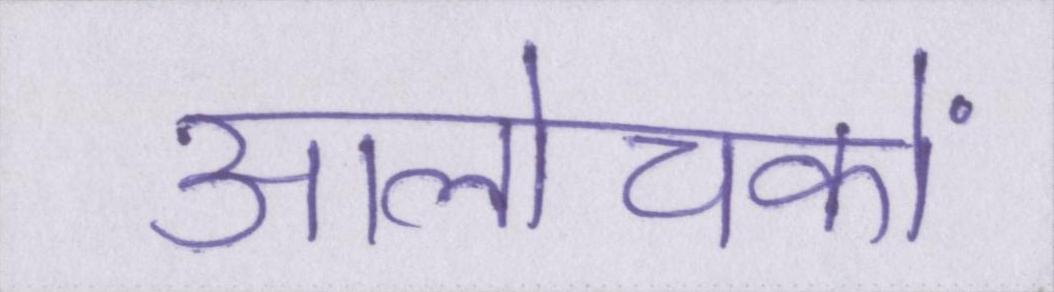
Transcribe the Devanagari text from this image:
आलोचकों